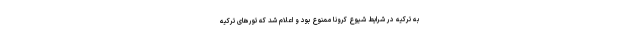
به ترکیه در شرایط شیوع کرونا ممنوع بود و اعلام شد که تورهای ترکیه